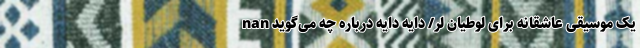
nan یک موسیقی عاشقانه برای لوطیان لُر/ دایه دایه درباره چه می‌گوید